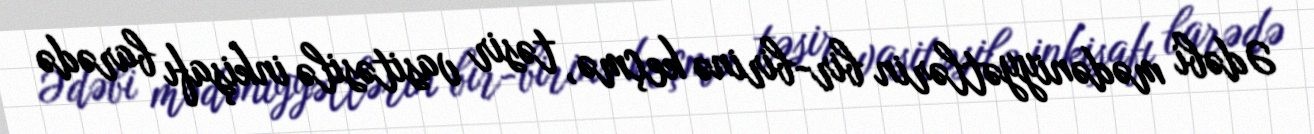
Ədəbi mədəniyyətlərin bir-birinə keçmə, təsir vasitəsilə inkişafı barədə